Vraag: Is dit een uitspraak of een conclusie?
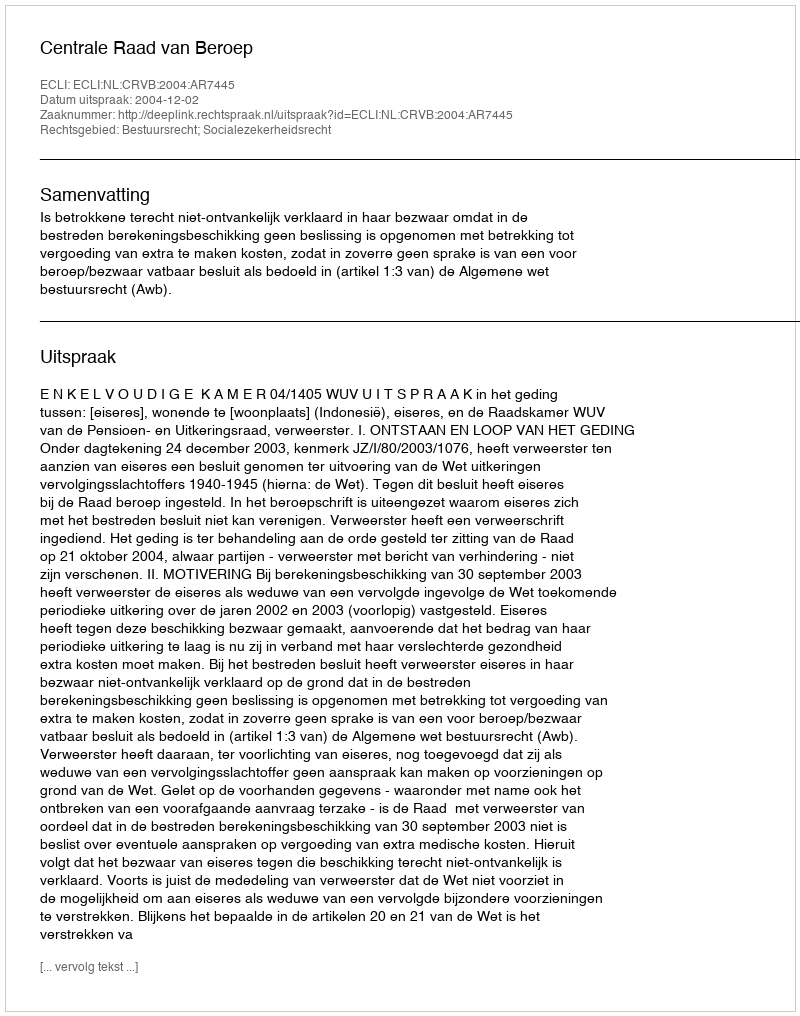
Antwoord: Uitspraak